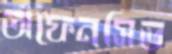
অফেনসিভ